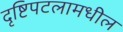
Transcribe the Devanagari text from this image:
दृष्टिपटलामधील